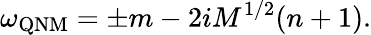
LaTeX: \omega_{\mathrm{QNM}}=\pm m-2iM^{1/2}(n+1).